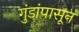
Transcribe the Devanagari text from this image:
गुंडांपासून